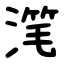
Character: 滗